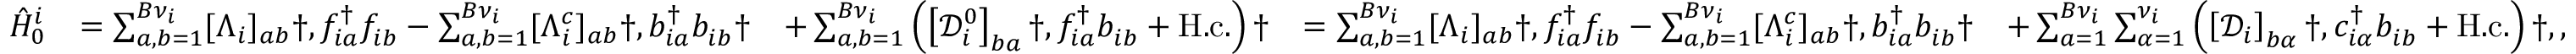
\begin{array} { r l r l r } { \hat { H } _ { 0 } ^ { i } } & { = \sum _ { a , b = 1 } ^ { { B } \nu _ { i } } [ \Lambda _ { i } ] _ { a b } \dag , f _ { i a } ^ { \dagger } f _ { i b } ^ { \phantom { \dagger } } - \sum _ { a , b = 1 } ^ { B \nu _ { i } } [ \Lambda _ { i } ^ { c } ] _ { a b } \dag , b _ { i a } ^ { \dagger } b _ { i b } ^ { \phantom { \dagger } } \dag } & { + \sum _ { a , b = 1 } ^ { B \nu _ { i } } \left( \left[ \mathcal { D } _ { i } ^ { 0 } \right] _ { b a } \dag , f _ { i a } ^ { \dagger } b _ { i b } ^ { \phantom { \dagger } } + \mathrm { H . c . } \right) \dag } & { = \sum _ { a , b = 1 } ^ { { B } \nu _ { i } } [ \Lambda _ { i } ] _ { a b } \dag , f _ { i a } ^ { \dagger } f _ { i b } ^ { \phantom { \dagger } } - \sum _ { a , b = 1 } ^ { B \nu _ { i } } [ \Lambda _ { i } ^ { c } ] _ { a b } \dag , b _ { i a } ^ { \dagger } b _ { i b } ^ { \phantom { \dagger } } \dag } & { + \sum _ { a = 1 } ^ { B { \nu } _ { i } } \sum _ { \alpha = 1 } ^ { \nu _ { i } } \left( \left[ \mathcal { D } _ { i } \right] _ { b \alpha } \dag , c _ { i \alpha } ^ { \dagger } b _ { i b } ^ { \phantom { \dagger } } + \mathrm { H . c . } \right) \dag , , } \end{array}